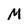
Character: M